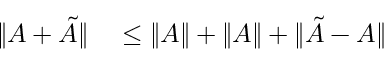
\begin{array} { r l } { \| A + \tilde { A } \| } & { { } \leq \| A \| + \| A \| + \| \tilde { A } - A \| } \end{array}